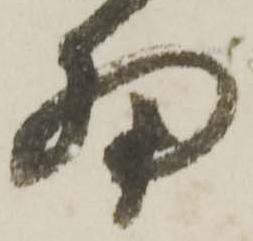
細